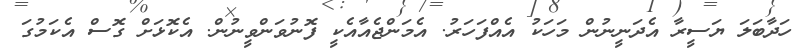
ހަދާބަލަ ޔަސީރާ އެދަނީނުން މަހަކު އެއްފަހަރު. އެމަންޖެއާއެކީ ފޮނުވަންވީނުން. އެކޮޅަށް ގޮސް އެކަމުގަ